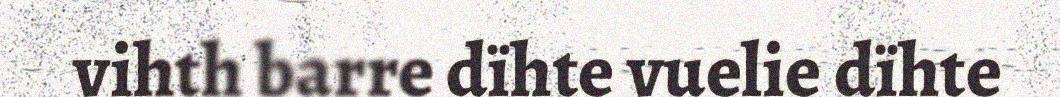
vihth barre dïhte vuelie dïhte